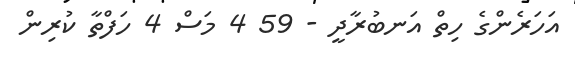
އަހަރެންގެ ހިތް އަނބުރާދީ - 59 4 މަސް 4 ހަފްތާ ކުރިން